Annual administration report of the Bombay Presidency - 1887-1892
Year: 1887
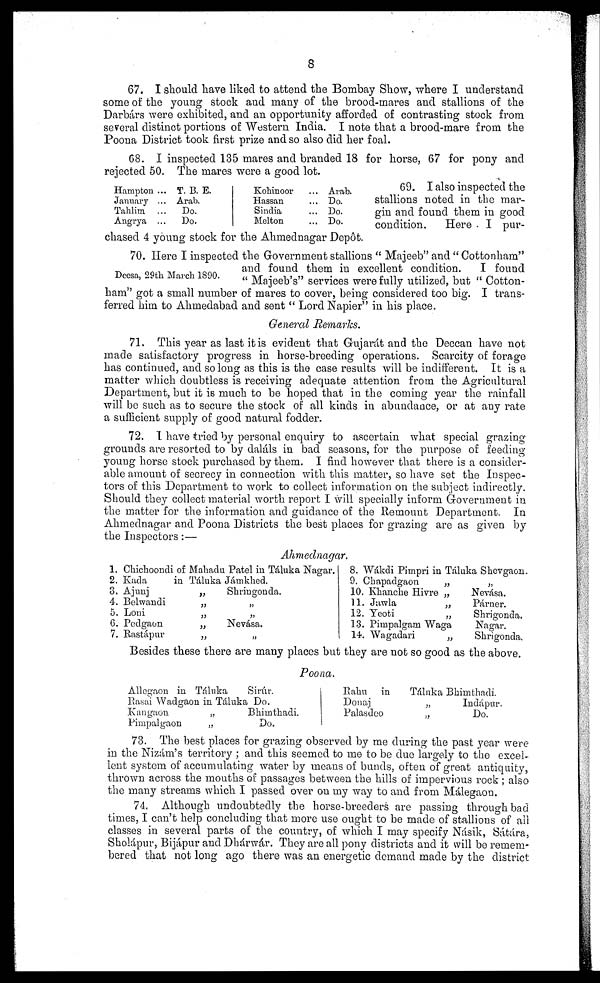
8
67. I should have liked to attend the Bombay Show, where I understand
some of the young stock and many of the brood-mares and stallions of the
Darbárs were exhibited, and an opportunity afforded of contrasting stock from
several distinct portions of Western India. I note that a brood-mare from the
Poona District took first prize and so also did her foal.
68. I inspected 135 mares and branded 18 for horse, 67 for pony and
rejected 50. The mares were a good lot.
Hampton ...
January ...
Tahlim ...
Angrya ...
T. B. E.
Arab.
Do.
Do.
Kohinoor ...
Hassan ...
Sindia ...
Melton ...
Arab.
Do.
Do.
Do.
69. I also inspected the
stallions noted in the mar-
gin and found them in good
condition.
Here I pur-
chased 4 young stock for the Ahmednagar Depôt.
Deesa, 29th March 1890.
70. Here I inspected the Government stallions "Majeeb" and "Cottonham"
and found them in excellent condition.
I found
"Majeeb's" services were fully utilized, but "Cotton-
ham" got a small number of mares to cover, being considered too big. I trans-
ferred him to Ahmedabad and sent "Lord Napier" in his place.
General Remarks.
71. This year as last it is evident that Gujarát and the Deccan have not
made satisfactory progress in horse-breeding operations. Scarcity of forage
has continued, and so long as this is the case results will be indifferent. It is a
matter which doubtless is receiving adequate attention from the Agricultural
Department, but it is much to be hoped that in the coming year the rainfall
will be such as to secure the stock of all kinds in abundance, or at any rate
a sufficient supply of good natural fodder.
72. I have tried by personal enquiry to ascertain what special grazing
grounds are resorted to by daláls in bad seasons, for the purpose of feeding
young horse stock purchased by them. I find however that there is a consider-
able amount of secrecy in connection with this matter, so have set the Inspec-
tors of this Department to work to collect information on the subject indirectly.
Should they collect material worth report I will specially inform Government in
the matter for the information and guidance of the Remount Department. In
Ahmednagar and Poona Districts the best places for grazing are as given by
the Inspectors:—
Ahmednagar.
Chichoondi of Mahadu Patel in Táluka Nagar.
2. Kadain Táluka Jámkhed.
3. Ajunj
„
4. Belwandi
„
5. Loni
„
6. Pedgaon
„
7. Rastápur
„
Shringonda.
„
„
Nevása.
„
8. Wákdi Pimpri in Táluka Shevgaon.
9. Chapadgaon
„
10. Khanche Hivre „
11. Jawla
„
12. Yeoti
„
13. Pimpalgam Waga
14. Wagadari
„
„
Nevása.
Párner.
Shrigonda.
Nagar.
Shrigonda.
Besides these there are many places but they are not so good as the above.
Poona.
Allegaon in Táluka
Rasai Wadgaon in Táluka
Kangaon
„
Pimpalgaon
„
Sirúr.
Do.
Bhimthadi.
Do.
Palm
in
Donaj
Palasdeo
Táluka Bhimthadi.
„
Indápur.
„ Do.
73. The best places for grazing observed by me during the past year were
in the Nizám's territory; and this seemed to me to be due largely to the excel-
lent system of accumulating water by means of bunds, often of great antiquity,
thrown across the mouths of passages between the hills of impervious rock; also
the many streams which I passed over on my way to and from Málegaon.
74. Although undoubtedly the horse-breeders are passing through bad
times, I can't help concluding that more use ought to be made of stallions of all
classes in several parts of the country, of which I may specify Násik, Sátára,
Sholápur, Bijápur and Dhárwár. They are all pony districts and it will be remem-
bered that not long ago there was an energetic demand made by the district